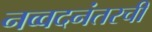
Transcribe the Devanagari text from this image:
नव्वदनंतरची